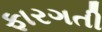
ફારગતી